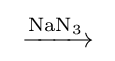
{\ce {->[{\ce {NaN3}}]}}